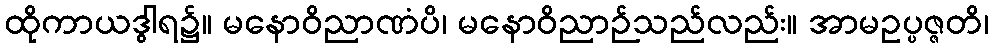
ထိုကာယဒွါရ၌။ မနောဝိညာဏံပိ၊ မနောဝိညာဉ်သည်လည်း။ အာမဥပ္ပဇ္ဇတိ၊